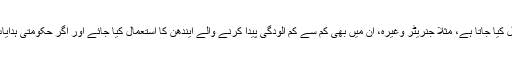
۳- روشنی اور دیگر مقاصد کے لئے جن ذرائع کا استعمال کیا جاتا ہے، مثلاً جنریٹر وغیرہ، ان میں بھی کم سے کم آلودگی پیدا کرنے والے ایندھن کا استعمال کیا جائے اور اگر حکومتی ہدایات اس سلسلہ میں موجود ہوں تو ان کو ملحوظ رکھا جائے۔